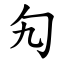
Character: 勼